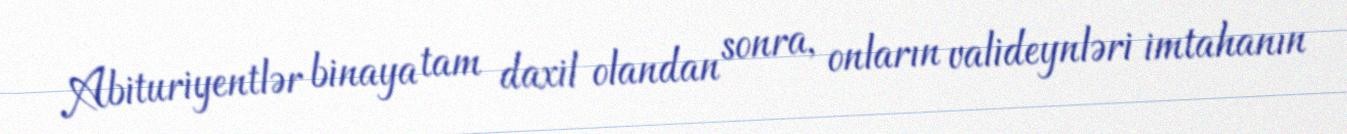
Abituriyentlər binaya tam daxil olandan sonra, onların valideynləri imtahanın